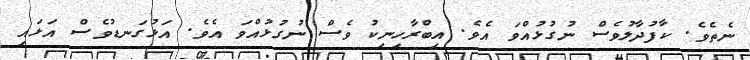
ނެތެވެ. ކާފުދާލުވެސް ނުގުޅުއްވަ އެވެ. އިބްރާހިނިކު ވެސް ނުގުޅުއްވަ އެވެ. އަޅުގަނޑުވެސް އަޅައި